V__Kingissepa_nim__kolhoos, lk 71
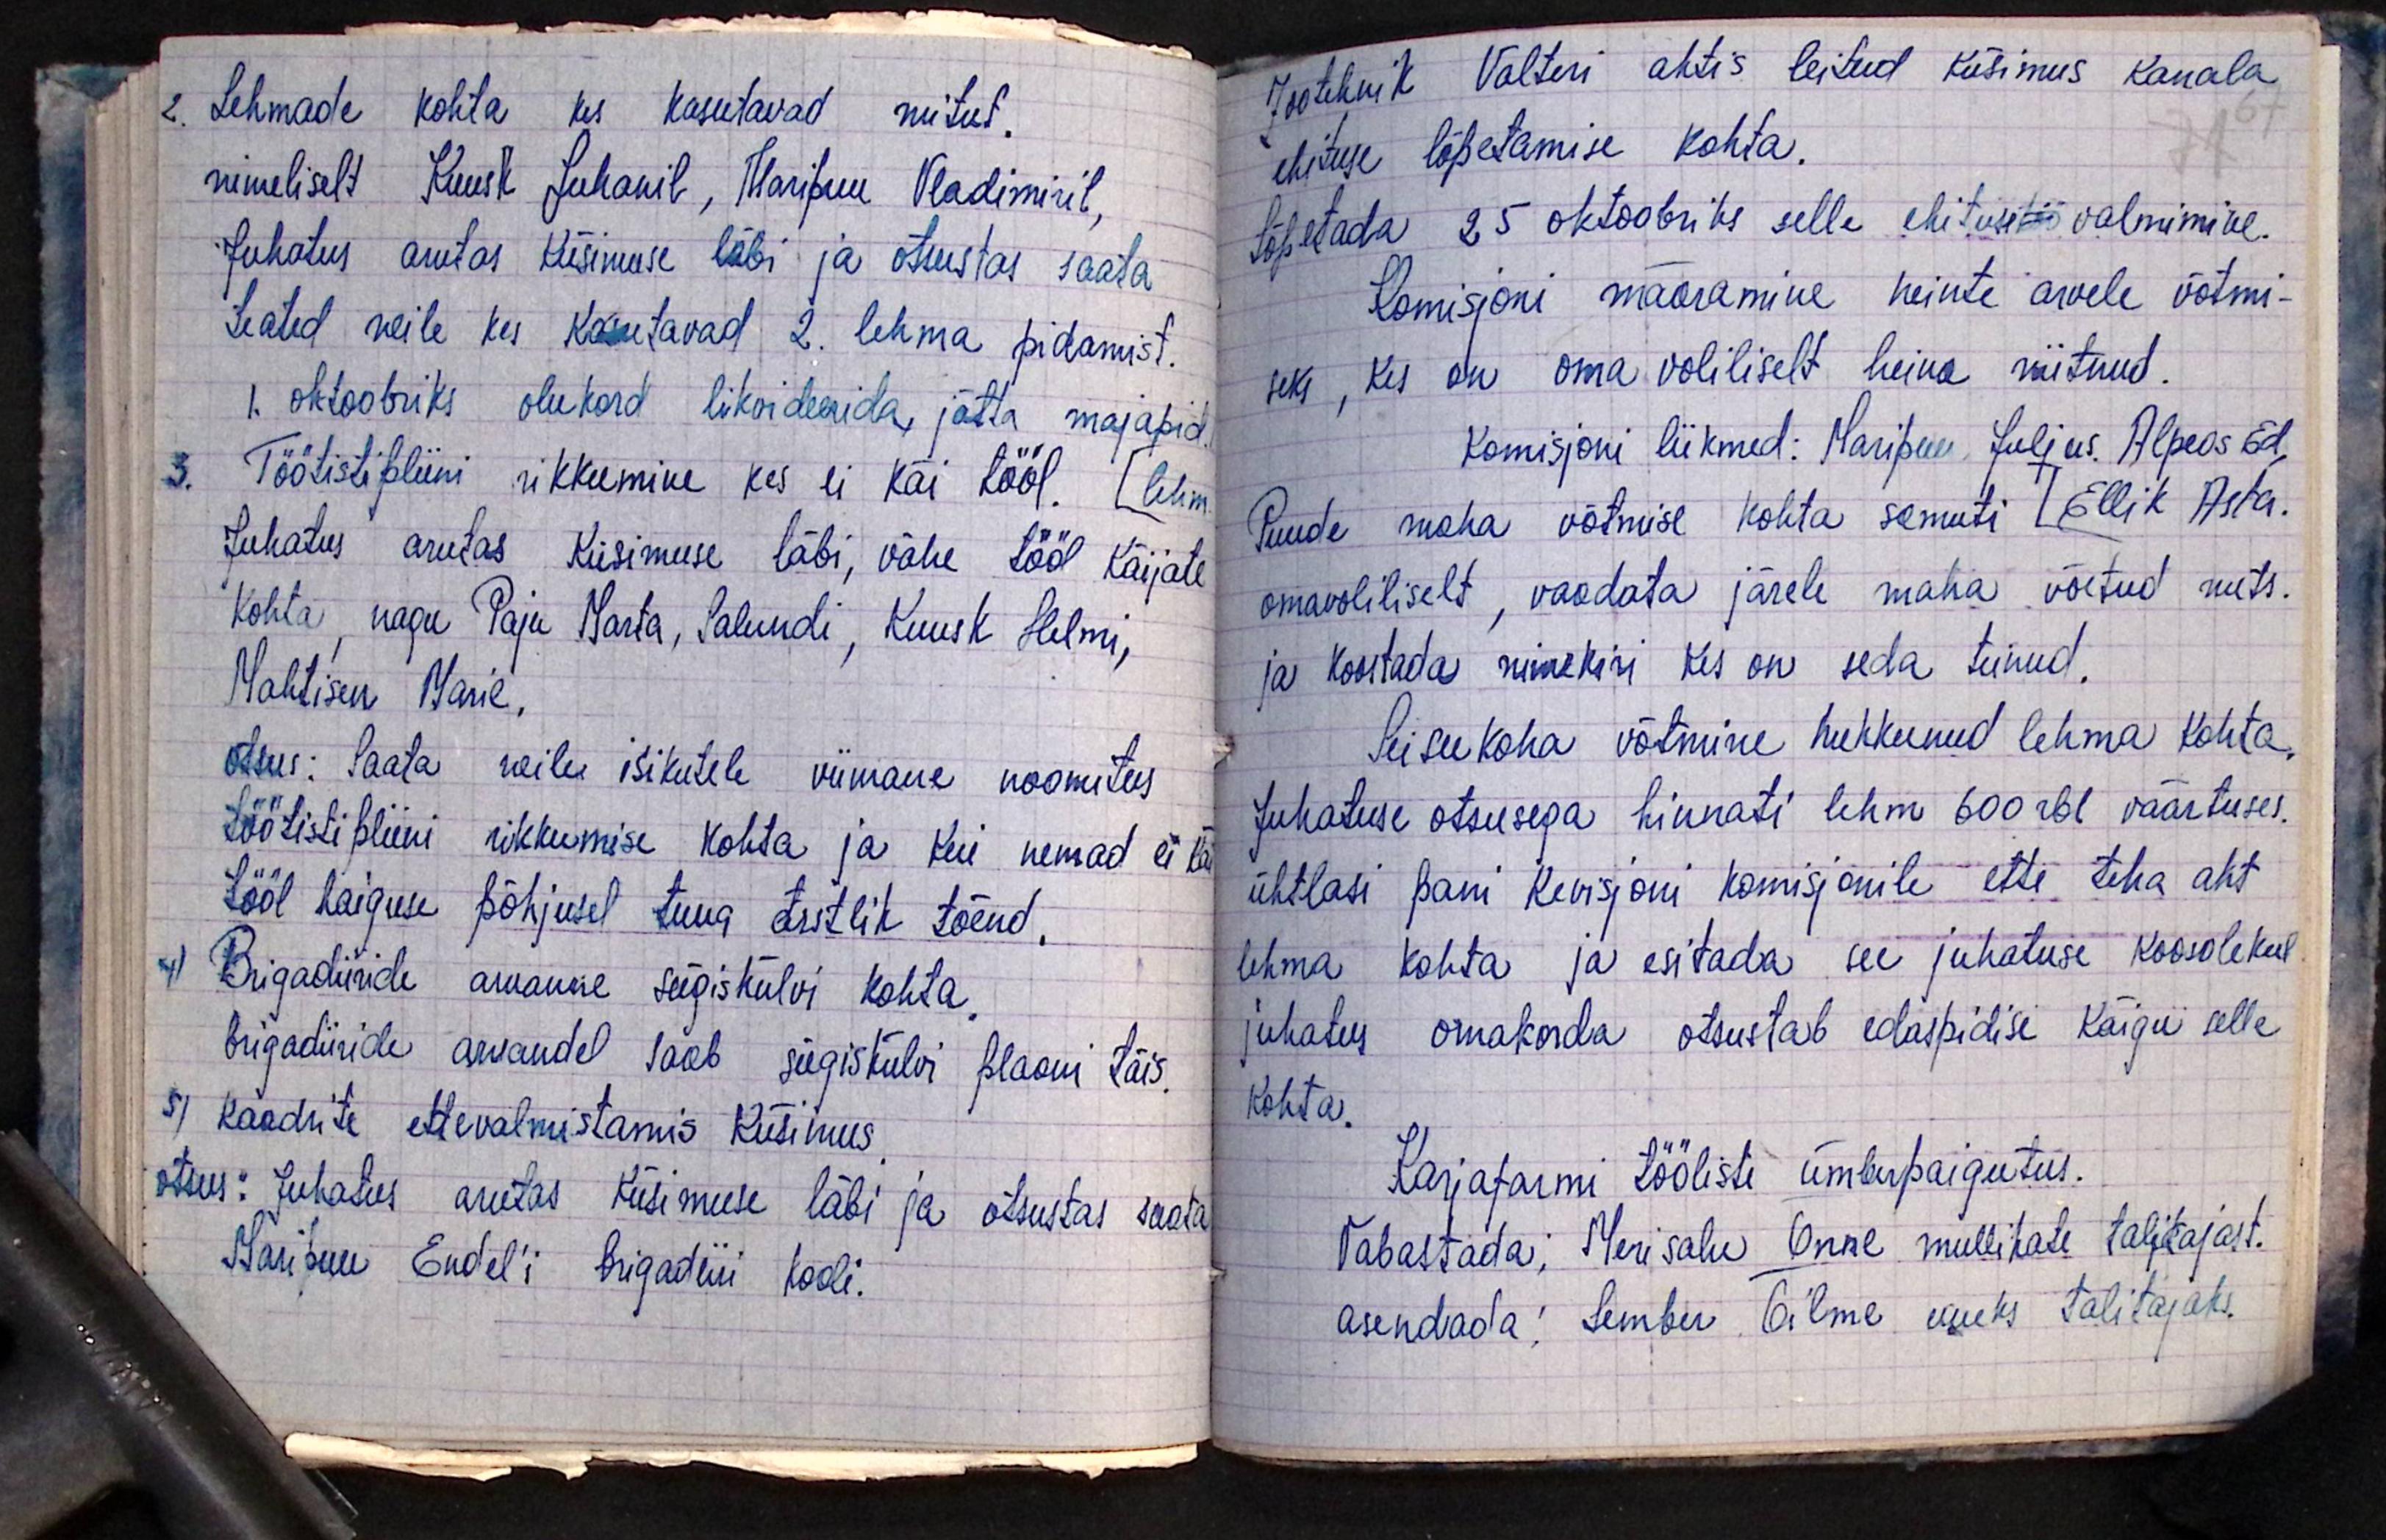
2. Lehmade kohta kes kasutavad mitut.
nimeliselt Kuust Juhanil, Maripuu Vladimiril,
Juhatus arutas küsimuse läbi ja otsustas saata
Teated neile kes kasutavad 2. lehma pidamist.
1. oktoobriks olukord likvideerida, jätta majapid.
3. Töötistipliini rikkumine kes ei käi tööl. [lehm
Juhatus arutas küsimuse läbi, vähe tööl käijate
Kohta nagu Paju Marta, Salundi, Kuusk Helmi,
Mahtisen Marie.
otsus: Saata neile isikutele viimane noomitus
töötistipliini rikkumise kohta ja kui nemad ei käi
tööl haiguse põhjusel tuua arstlik tõend.
4) Brigadiiride aruanne sügiskülvi kohta,
brigadiiride aruandel saab sügiskülvi plaani täis.
5) kaadrite ettevalmistamis küsimus.
otsus: Juhatus arutas küsimuse läbi ja otsustas saata
Maripuu Endeli brigadiiri kooli.

Zootehnik Valteri aktis leitud küsimus kanala
ehituse lõpetamise kohta.
Lõpetada 25 oktoobriks selle ehitustöö valmimine.
Komisjoni määramine heinte arvele võtmi-
seks, kes on oma voliliselt heina niitnud.
Komisjoni liikmed: Maripuu, Julius. Alpeos Ed,
Puude maha võtmise kohta samuti [Ellik Asta.
omavoliliselt, vaadata järele maha võetud mets.
ja koostada nimekiri kes on seda teinud.
Seisukoha võtmine hukkunud lehma kohta,
Juhatuse otsusega hinnati lehm 600 rbl väärtuses.
ühtlasi pani Revisjoni komisjonile ette teha akt
lehma kohta ja esitada see juhatuse koosolekul
juhatus omakorda otsustab edaspidise käigu selle
kohta.
Karjafarmi tööliste ümberpaigutus.
Vabastada: Merisalu Õnne mullikate talitajast.
asendada: Lember Õilme uueks talitajaks.